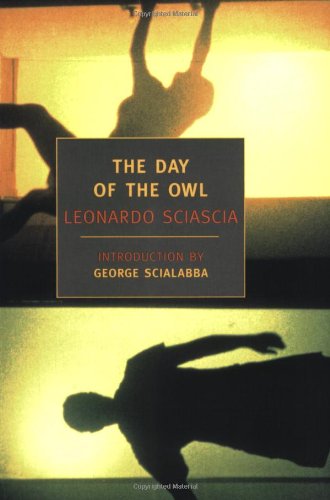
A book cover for The Day of the Owl (New York Review Books Classics); Leonardo Sciascia; Literature & Fiction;